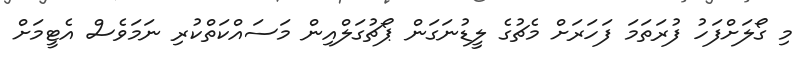
މި ގޯލަށްފަހު ފުރަތަމަ ފަހަރަށް މެޗުގެ ލީޑުނަގަން ޕޯޗުގަލްއިން މަސައްކަތްކުރި ނަމަވެސް އެޓީމަށް